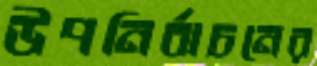
উপনির্বাচনের